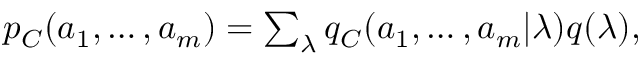
\begin{array} { r } { p _ { C } ( a _ { 1 } , \ldots , a _ { m } ) = \sum _ { \lambda } q _ { C } ( a _ { 1 } , \ldots , a _ { m } | \lambda ) q ( \lambda ) , } \end{array}